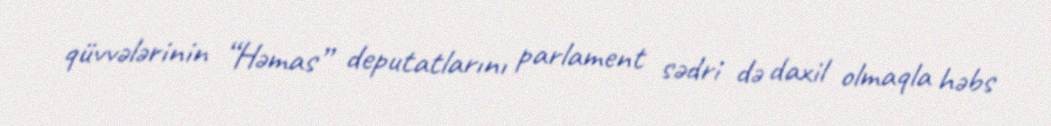
qüvvələrinin “Həmas” deputatlarını parlament sədri də daxil olmaqla həbs